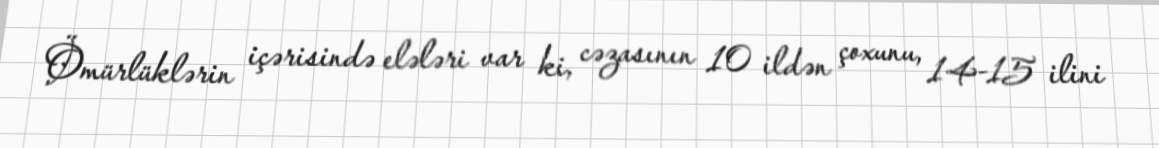
Ömürlüklərin içərisində elələri var ki, cəzasının 10 ildən çoxunu, 14-15 ilini